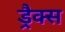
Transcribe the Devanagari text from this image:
ड्रैक्स